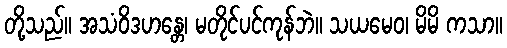
တို့သည်။ အသံဝိဒဟန္တေ၊ မတိုင်ပင်ကုန်ဘဲ။ သယမေဝ၊ မိမိ ကသာ။